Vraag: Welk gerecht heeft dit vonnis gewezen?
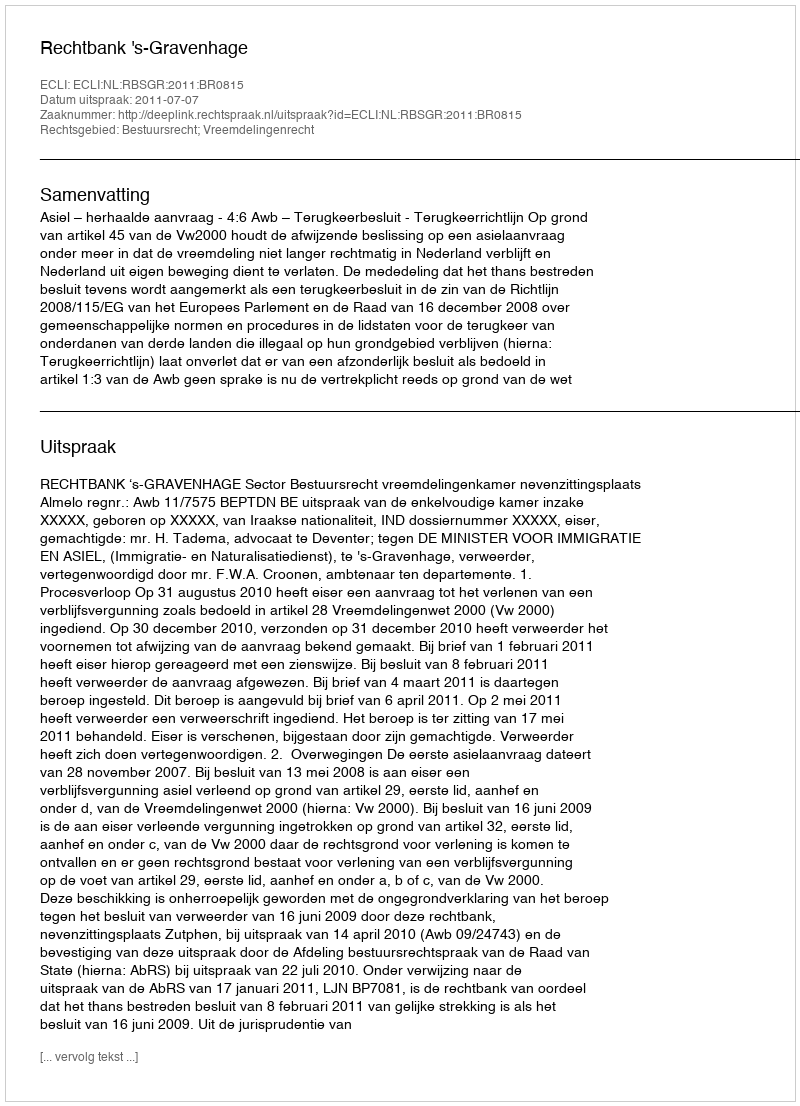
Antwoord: Rechtbank 's-Gravenhage